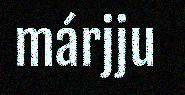
márjju